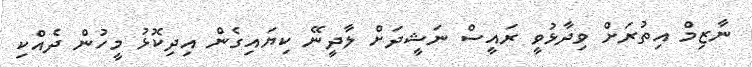
ނާޒިމް އިތުރަށް ވިދާޅުވީ ރައީސް ނަޝީދަށް ލާދީނޭ ކިޔައިގެން އިދިކޮޅު މީހުން ދެއްކި